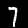
Digit: 7